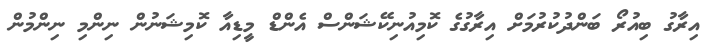
އިރާގު ބިއުރޯ ބަންދުކުރުމަށް އިރާގުގެ ކޮމިއުނިކޭޝަންސް އެންޑް މީޑިއާ ކޮމިޝަނުން ނިންމި ނިންމުން